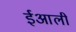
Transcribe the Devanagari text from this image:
ईआली